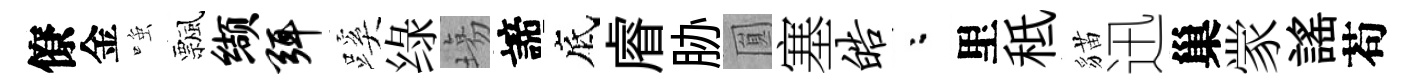
僚金𫪻飄缬弭蹊绿塲諦底𥈠胁圎塞皓粉里秪貓迅巢䝉謡苟